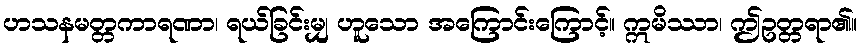
ဟသနမတ္တကာရဏာ၊ ရယ်ခြင်းမျှ ဟူသော အကြောင်းကြောင့်။ ဣမိဿာ၊ ဤဥတ္တရာ၏။